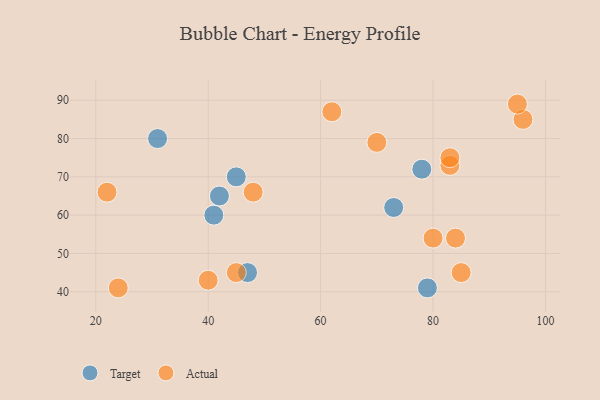
{"axis": {"x": "GDP", "y": "Life Expectancy"}, "legend": ["Actual", "Target"], "data": [{"x": "42", "y": 65, "type": "Target"}, {"x": "41", "y": 60, "type": "Target"}, {"x": "79", "y": 41, "type": "Target"}, {"x": "73", "y": 62, "type": "Target"}, {"x": "31", "y": 80, "type": "Target"}, {"x": "78", "y": 72, "type": "Target"}, {"x": "45", "y": 70, "type": "Target"}, {"x": "47", "y": 45, "type": "Target"}, {"x": "24", "y": 41, "type": "Actual"}, {"x": "85", "y": 45, "type": "Actual"}, {"x": "84", "y": 54, "type": "Actual"}, {"x": "70", "y": 79, "type": "Actual"}, {"x": "83", "y": 73, "type": "Actual"}, {"x": "83", "y": 75, "type": "Actual"}, {"x": "62", "y": 87, "type": "Actual"}, {"x": "22", "y": 66, "type": "Actual"}, {"x": "40", "y": 43, "type": "Actual"}, {"x": "45", "y": 45, "type": "Actual"}, {"x": "80", "y": 54, "type": "Actual"}, {"x": "96", "y": 85, "type": "Actual"}, {"x": "48", "y": 66, "type": "Actual"}, {"x": "95", "y": 89, "type": "Actual"}]}